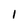
Character: I